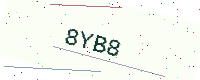
Text: 8YB8